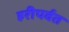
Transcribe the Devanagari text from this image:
हरीपर्वत